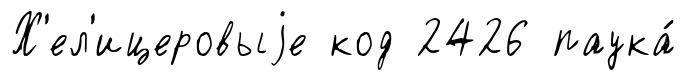
Х'ел'ицеровыjе код 2426 паука́